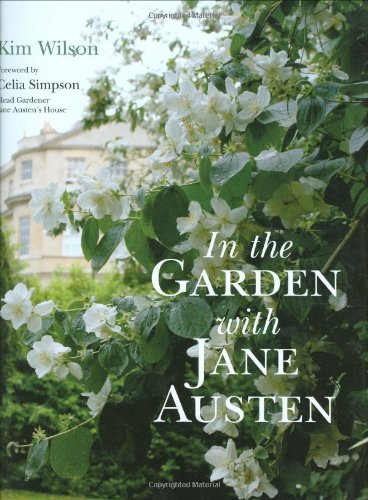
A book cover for In the Garden with Jane Austen; Kim Wilson; Crafts, Hobbies & Home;